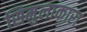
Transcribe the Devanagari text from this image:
सिमुलाकारा